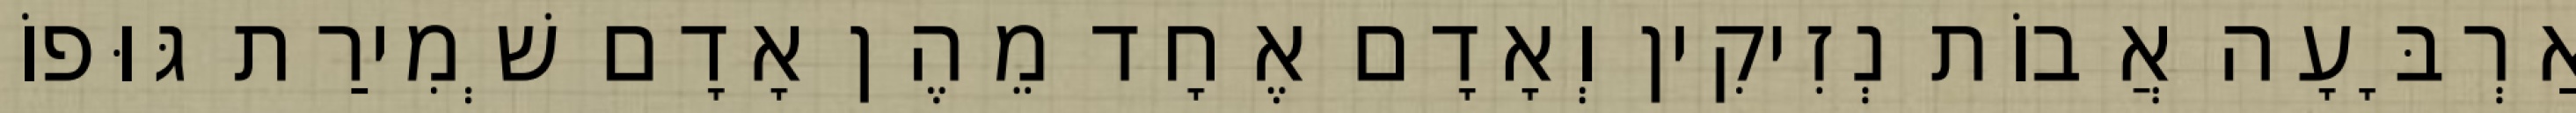
אַרְבָּעָה אֲבוֹת נְזִיקִין וְאָדָם אֶחָד מֵהֶן אָדָם שְׁמִירַת גּוּפוֹ